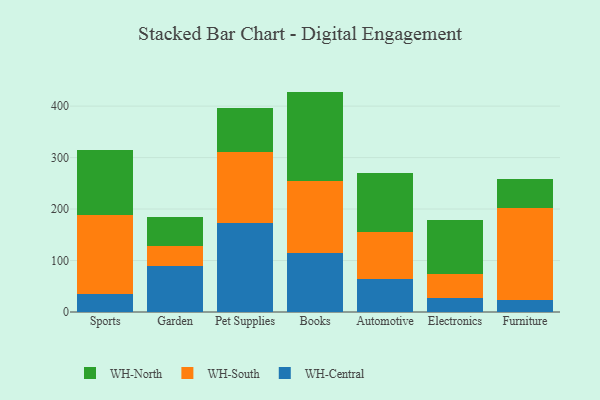
{"axis": {"x": "Category", "y": "Demand Index"}, "legend": ["WH-Central", "WH-North", "WH-South"], "data": [{"x": "Sports", "y": 34.9, "type": "WH-Central"}, {"x": "Sports", "y": 152.7, "type": "WH-South"}, {"x": "Sports", "y": 127.4, "type": "WH-North"}, {"x": "Garden", "y": 88.7, "type": "WH-Central"}, {"x": "Garden", "y": 40.0, "type": "WH-South"}, {"x": "Garden", "y": 56.6, "type": "WH-North"}, {"x": "Pet Supplies", "y": 173.7, "type": "WH-Central"}, {"x": "Pet Supplies", "y": 137.7, "type": "WH-South"}, {"x": "Pet Supplies", "y": 85.0, "type": "WH-North"}, {"x": "Books", "y": 115.2, "type": "WH-Central"}, {"x": "Books", "y": 138.8, "type": "WH-South"}, {"x": "Books", "y": 174.2, "type": "WH-North"}, {"x": "Automotive", "y": 64.9, "type": "WH-Central"}, {"x": "Automotive", "y": 90.2, "type": "WH-South"}, {"x": "Automotive", "y": 114.0, "type": "WH-North"}, {"x": "Electronics", "y": 26.3, "type": "WH-Central"}, {"x": "Electronics", "y": 47.4, "type": "WH-South"}, {"x": "Electronics", "y": 105.9, "type": "WH-North"}, {"x": "Furniture", "y": 22.4, "type": "WH-Central"}, {"x": "Furniture", "y": 178.7, "type": "WH-South"}, {"x": "Furniture", "y": 57.9, "type": "WH-North"}]}